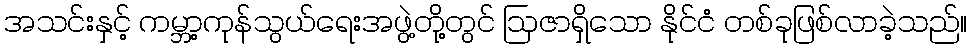
အသင်းနှင့် ကမ္ဘာ့ကုန်သွယ်ရေးအဖွဲ့တို့တွင် ဩဇာရှိသော နိုင်ငံ တစ်ခုဖြစ်လာခဲ့သည်။